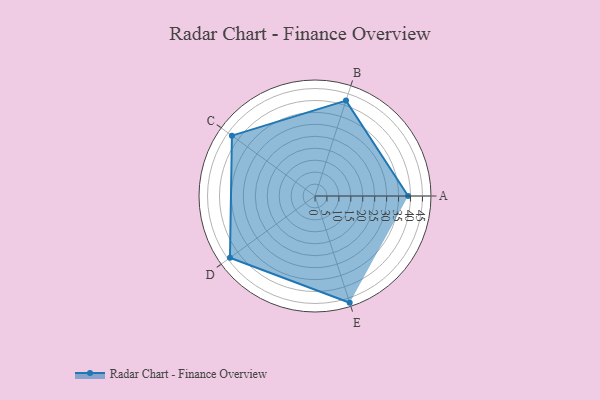
{"axis": {"x": "Skill", "y": "Score"}, "legend": ["Profile"], "data": [{"x": "A", "y": 39.0, "type": "Profile"}, {"x": "B", "y": 42.0, "type": "Profile"}, {"x": "C", "y": 43.0, "type": "Profile"}, {"x": "D", "y": 44.0, "type": "Profile"}, {"x": "E", "y": 47.0, "type": "Profile"}]}